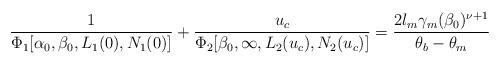
LaTeX: \begin{align*} \dfrac{1}{\Phi_1[\alpha_0,\beta_0, L_1(0), N_1(0)]}+\dfrac{u_c }{\Phi_2[\beta_0,\infty,L_2(u_c),N_2(u_c)]}=\dfrac{2l_m\gamma_m(\beta_0)^{\nu+1}}{\theta_b-\theta_m}\end{align*}